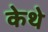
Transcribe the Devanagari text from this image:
केथे